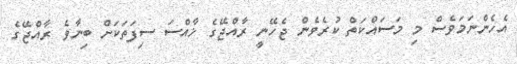
އެހެންނަމަވެސް މި މަސައްކަތް ކުރެވެން ޖެހޭނީ ރާއްޖޭގެ ޚާއްސަ ސިފަތަކަށް ބިނާވެ ރާއްޖޭގެ